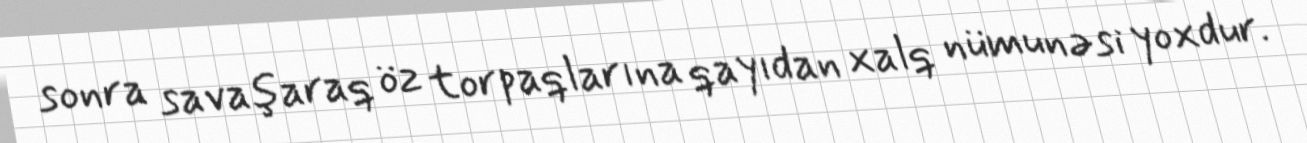
sonra savaşaraq öz torpaqlarına qayıdan xalq nümunəsi yoxdur.